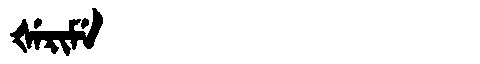
Manchu: ᡧᡝᡵᡳᠮᡝ
Romanization: ŠERIME